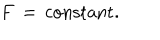
LaTeX: F \, = \, \mathrm { c o n s t a n t } .